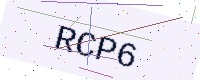
Text: RCP6